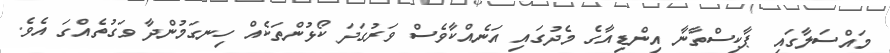
މައްސަލާގައި ޕާކިސްތާނާ އިންޑިއާގެ މެދުގައި އަނެއްކާވެސް ވަރުގަދަ ކޯޅުންތަކެއް ހިނގަމުންދާ ވަގުތެއްގަ އެވެ.